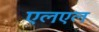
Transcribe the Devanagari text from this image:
एलएल